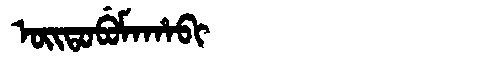
Manchu: ᠣᡳᡨᠣᠪᡠᠮᠠᡥᠠᠪᡳ
Romanization: OITOBUMAHABI